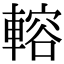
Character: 䡥